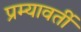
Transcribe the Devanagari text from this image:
प्रम्यावर्ती